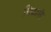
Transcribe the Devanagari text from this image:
मिळालॆ